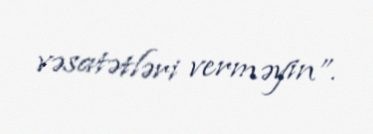
vəsatətləri verməyin”.